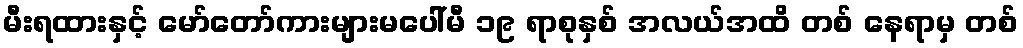
မီးရထားနှင့် မော်တော်ကားများမပေါ်မီ ၁၉ ရာစုနှစ် အလယ်အထိ တစ် နေရာမှ တစ်